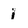
Character: 1